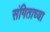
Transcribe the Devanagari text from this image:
संगिताच्या